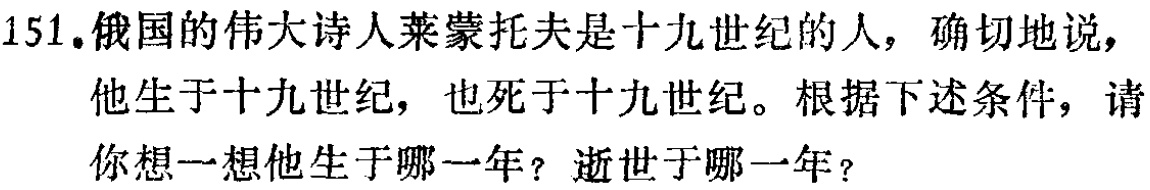
151.俄国的伟大诗人莱蒙托夫是十九世纪的人，确切地说，他生于十九世纪，也死于十九世纪。根据下述条件，请你想一想他生于哪一年？逝世于哪一年？